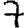
Digit: 7